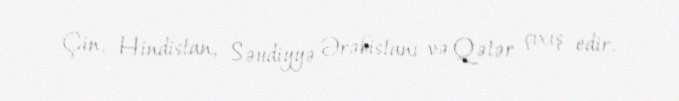
Çin, Hindistan, Səudiyyə Ərəbistanı və Qətər çıxış edir.